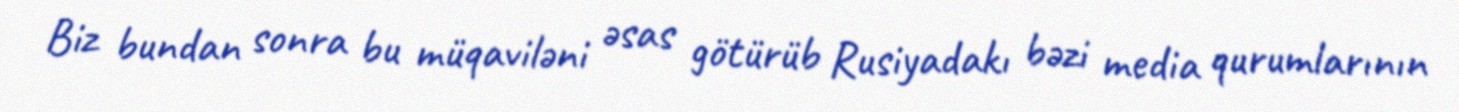
Biz bundan sonra bu müqaviləni əsas götürüb Rusiyadakı bəzi media qurumlarının